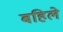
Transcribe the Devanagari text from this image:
बहिले